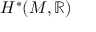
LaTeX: H ^ { * } ( M , \mathbb { R } )